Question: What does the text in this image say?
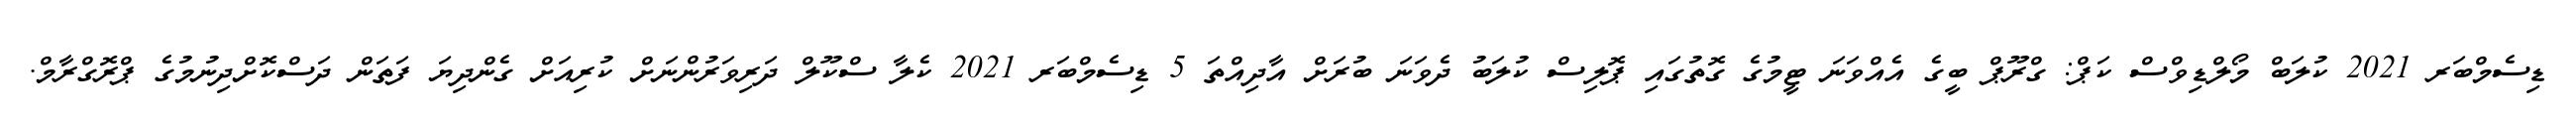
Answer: ޑިސެމްބަރ 2021 ކުލަބް މޯލްޑިވްސް ކަޕް: ގްރޫޕް ބީގެ އެއްވަނަ ޓީމުގެ ގޮތުގައި ޕޮލިސް ކުލަބު ދެވަނަ ބުރަށް އާދިއްތަ 5 ޑިސެމްބަރ 2021 ކެލާ ސްކޫލް ދަރިވަރުންނަށް ކުރިއަށް ގެންދިޔަ ފަތަން ދަސްކޮށްދިނުމުގެ ޕްރޮގްރާމް.